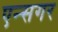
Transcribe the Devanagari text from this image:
एन्सगर